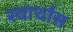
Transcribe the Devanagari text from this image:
स्वार्थास